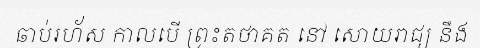
ឆាប់រហ័ស កាលបើ ព្រះតថាគត នៅ សោយរាជ្យ នឹង